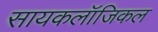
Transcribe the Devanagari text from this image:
सायकलॉजिकल